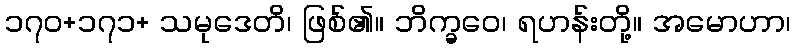
၁၇၀+၁၇၁+ သမုဒေတိ၊ ဖြစ်၏။ ဘိက္ခဝေ၊ ရဟန်းတို့။ အမောဟာ၊